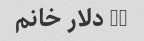
70 دلار خانم